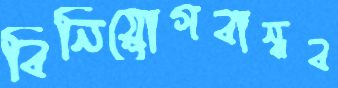
বিনিয়োগবান্ধব